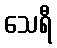
သေရီ